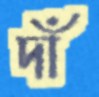
দাঁ